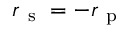
r _ { \mathrm { ~ s ~ } } = - r _ { \mathrm { ~ p ~ } }